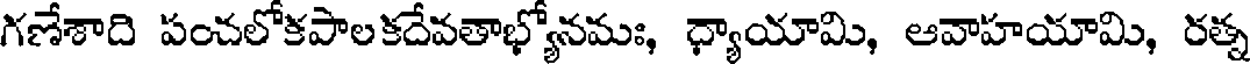
గణేశాది పంచలోకపాలకదేవతాభ్యోనమః, ధ్యాయామి, ఆవాహయామి, రత్న